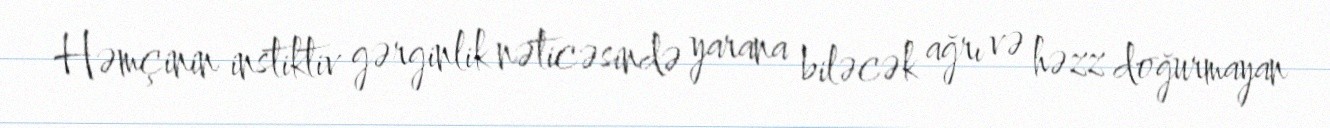
Həmçinin instiktiv gərginlik nəticəsində yarana biləcək ağrı və həzz doğurmayan